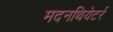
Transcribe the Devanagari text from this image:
मदनथियेटर्र